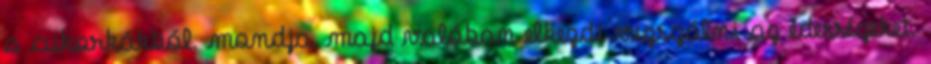
a cukorkákból. mondja, majd valóban elkezdi vizsgálni az édességeket.